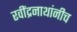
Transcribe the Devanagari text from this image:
रवींद्रनाथांनीच